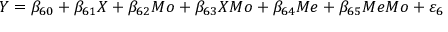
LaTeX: Y = \beta _ { 6 0 } + \beta _ { 6 1 } X + \beta _ { 6 2 } M o + \beta _ { 6 3 } X M o + \beta _ { 6 4 } M e + \beta _ { 6 5 } M e M o + \varepsilon _ { 6 }